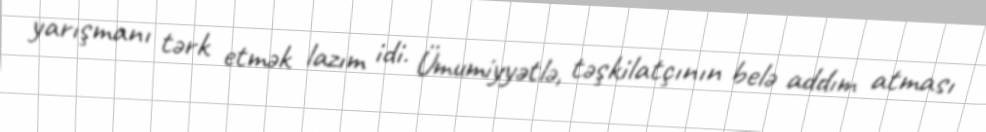
yarışmanı tərk etmək lazım idi. Ümumiyyətlə, təşkilatçının belə addım atması